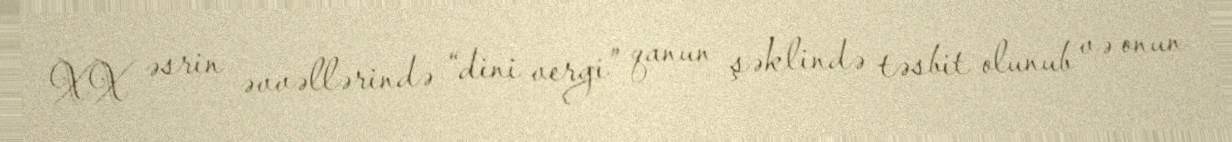
XX əsrin əvvəllərində “dini vergi” qanun şəklində təsbit olunub və onun